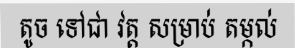
តូច ទៅជា វត្ត សម្រាប់ តម្កល់